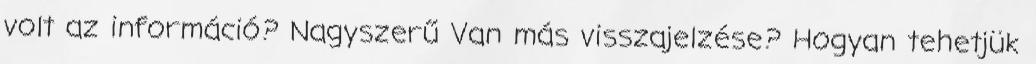
volt az információ? Nagyszerű Van más visszajelzése? Hogyan tehetjük